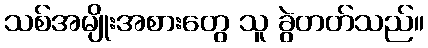
သစ်အမျိုးအစားတွေ သူ ခွဲတတ်သည်။